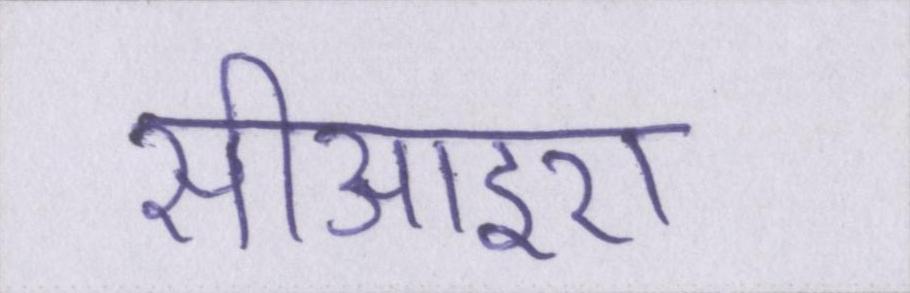
सीआइए